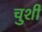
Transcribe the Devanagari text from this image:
चुशी